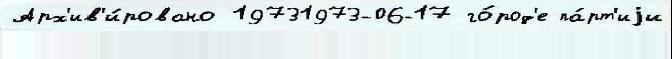
Арх'ив'и́ровано 19731973-06-17 го́род'е па́рт'иjи